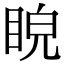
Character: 𥆒